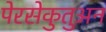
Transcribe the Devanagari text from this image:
पेरसेकुतुअन